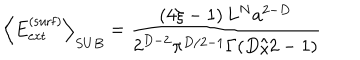
\left\langle E _ { \mathrm { e x t } } ^ { \mathrm { ( s u r f ) } } \right\rangle _ { S U B } = \frac { \left( 4 \xi - 1 \right) L ^ { N } a ^ { 2 - D } } { 2 ^ { D - 2 } \pi ^ { D / 2 - 1 } \Gamma ( D / 2 - 1 ) }